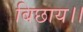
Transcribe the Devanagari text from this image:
बिछाय।।